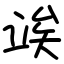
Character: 竢